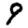
Digit: 9